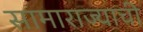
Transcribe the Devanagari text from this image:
सामाराज्याची